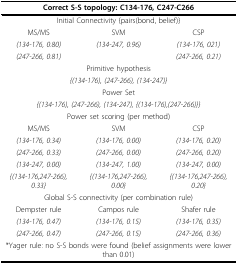
| <COLSPAN=3> Correct S-S topology: C134-176, C247-C266 |
 | --- | --- | --- |
 | <COLSPAN=3> Initial Connectivity {pairs(bond, belief)} |
 | MS/MS | SVM | CSP |
 | (134-176, 0.80) | (134-247, 0.96) | (134-176, 021) |
 | (247-266, 0.81) |  | (247-266, 0.21) |
 | <COLSPAN=3> Primitive hypothesis |
 | <COLSPAN=3> {(134-176), (247-266), (134-247)} |
 | <COLSPAN=3> Power Set |
 | <COLSPAN=3> {(134-176), (247-266), (134-247), {(134-176),(247-266)}} |
 | <COLSPAN=3> Power set scoring (per method) |
 | MS/MS | SVM | CSP |
 | (134-176, 0.34) | (134-176, 0.00) | (134-176, 0.20) |
 | (247-266, 0.33) | (247-266, 0.00) | (247-266, 0.20) |
 | (134-247, 0.00) | (134-247, 1.00) | (134-247, 0.00) |
 | {(134-176,247-266), 0.33} | {(134-176,247-266), 0.00} | {(134-176,247-266), 0.20} |
 | <COLSPAN=3> Global S-S connectivity (per combination rule) |
 | Dempster rule | Campos rule | Shafer rule |
 | (134-176, 0.47) | (134-176, 0.15) | (134-176, 0.35) |
 | (247-266, 0.47) | (247-266, 0.15) | (247-266, 0.36) |
 | <COLSPAN=3> *Yager rule: no S-S bonds were found (belief assignments were lower than 0.01) |